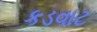
કડવાટ